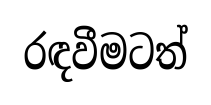
රඳවීමටත්